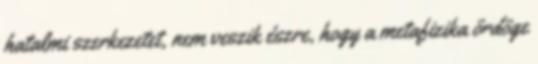
ha­talmi szerkezetet, nem ve­szik észre, hogy a metafizika ördöge